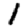
Digit: 1